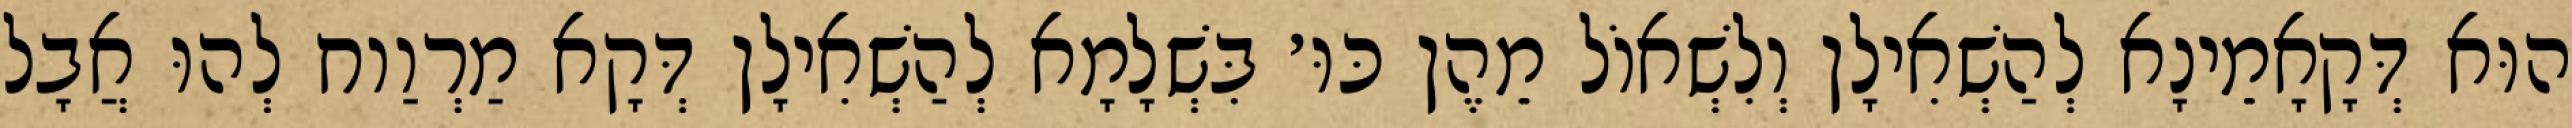
הוּא דְּקָאָמֵינָא לְהַשְׁאִילָן וְלִשְׁאוֹל מֵהֶן כּוּ׳ בִּשְׁלָמָא לְהַשְׁאִילָן דְּקָא מַרְוַוח לְהוּ אֲבָל